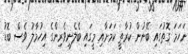
ނަހަމަ ގޮތުގައި ބޭނުން ކުރާތީ ކަމަށާއި މީގައި ބެލެނިވެރިންގެ އިިހުމާލު ވެސް ބޮޑު